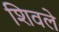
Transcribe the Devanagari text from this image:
शिवले